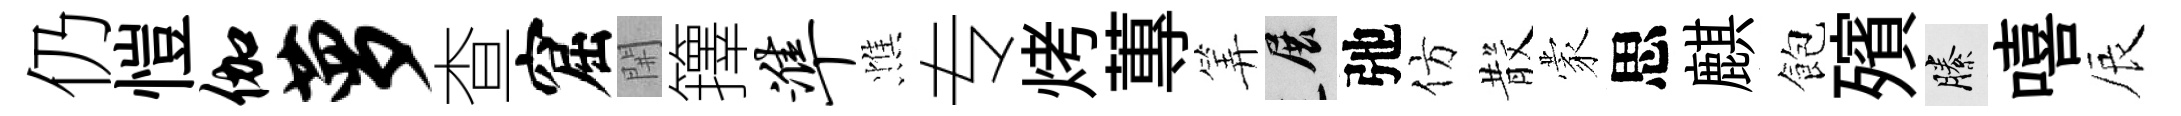
仍愷伽萝查窟𨳩籜准憔专烤蓴筭展弛仿𣪚蒙思麒飽殯縢嘻辰